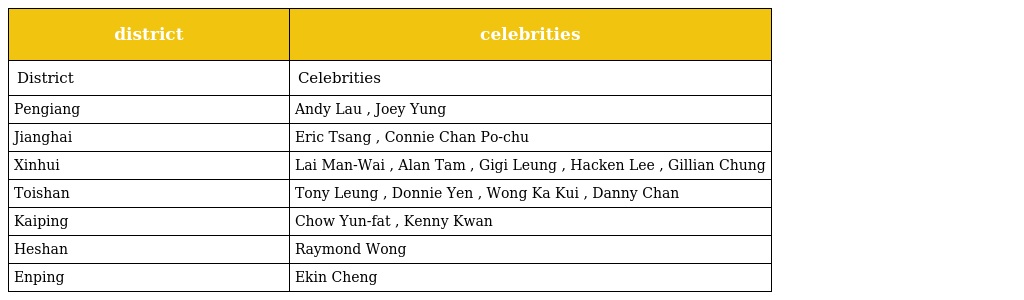
| district | celebrities |
 | --- | --- |
 | District | Celebrities |
 | Pengiang | Andy Lau , Joey Yung |
 | Jianghai | Eric Tsang , Connie Chan Po-chu |
 | Xinhui | Lai Man-Wai , Alan Tam , Gigi Leung , Hacken Lee , Gillian Chung |
 | Toishan | Tony Leung , Donnie Yen , Wong Ka Kui , Danny Chan |
 | Kaiping | Chow Yun-fat , Kenny Kwan |
 | Heshan | Raymond Wong |
 | Enping | Ekin Cheng |